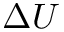
\Delta U